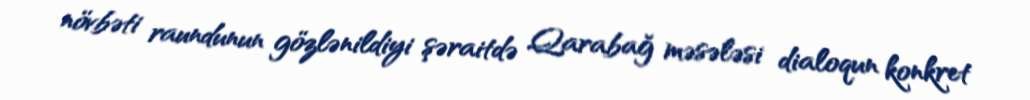
növbəti raundunun gözlənildiyi şəraitdə Qarabağ məsələsi dialoqun konkret